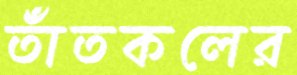
তাঁতকলের